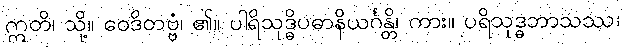
ဣတိ၊ သို့။ ဝေဒိတဗ္ဗံ၊ ၏။ ပါရိသုဒ္ဓိပဓာနိယင်္ဂန္တိ၊ ကား။ ပရိသုဒ္ဓဘာသဿ၊